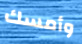
وأمسك